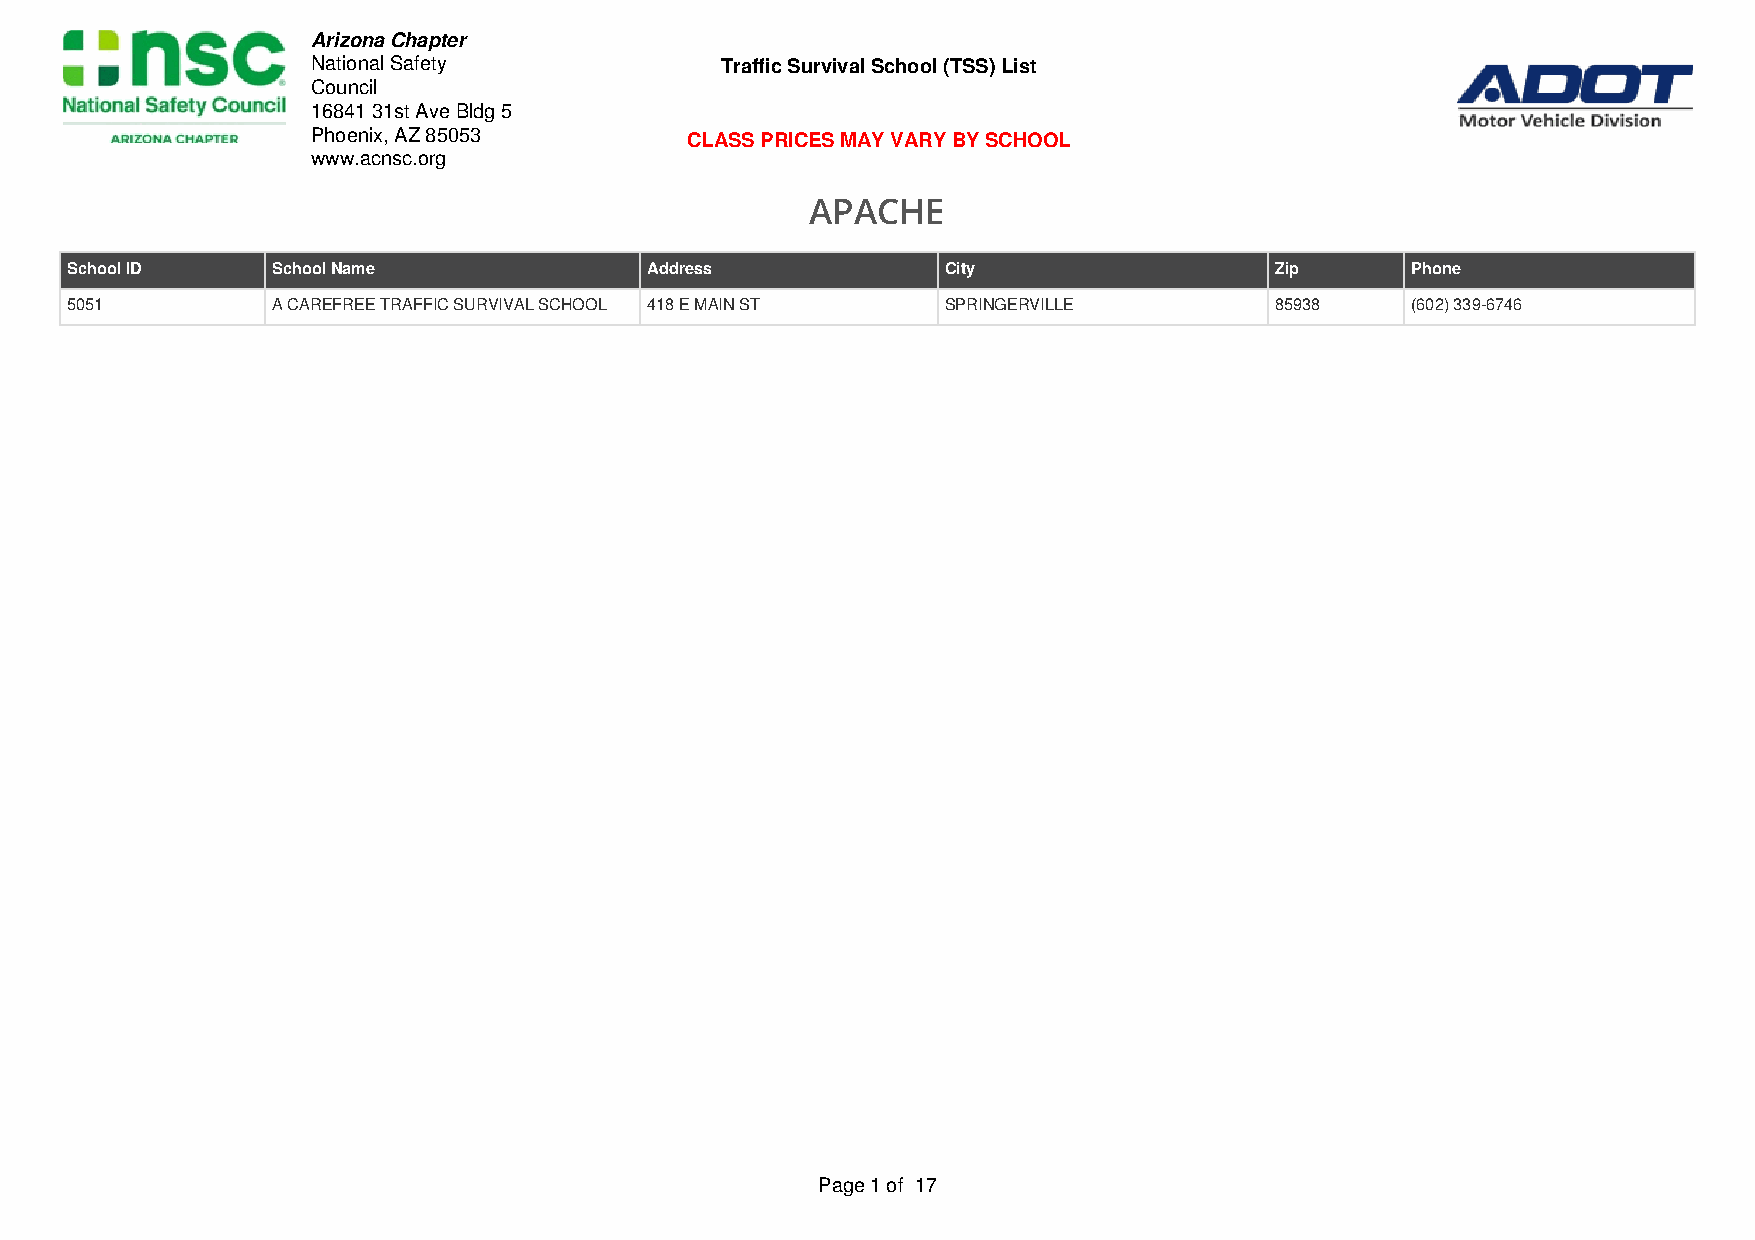
Arizona Chapter
 National Safety            Traffic Survival School (TSS) List
 Council
 16841 31st Ave Bldg 5
 Phoenix, AZ 85053       CLASS PRICES MAY VARY BY SCHOOL
 www.acnsc.org
 APACHE
 School ID     School Name              Address             City                 Zip      Phone
 5051          A CAREFREE TRAFFIC SURVIVAL SCHOOL 418 E MAIN ST SPRINGERVILLE    85938    (602) 339-6746
 Page 1 of 17